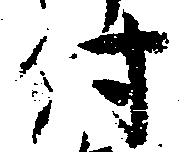
付